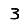
Digit: 3